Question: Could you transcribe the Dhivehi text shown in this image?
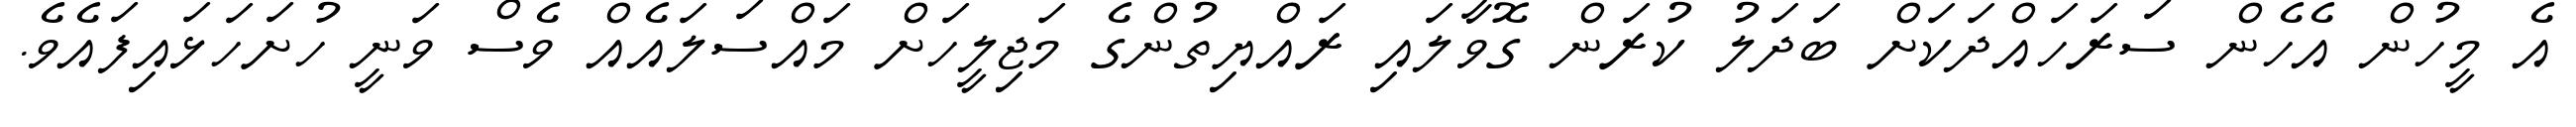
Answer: އެ މީހުން އެހެން ސަރަހައްދަކަށް ބަދަލު ކުރަން ގޮވާލައި ރައްޔިތުންގެ މަޖިލީހަށް މައްސަލައެއް ވެސް ވަނީ ހުށަހަޅައިފައެވެ.